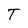
Character: T